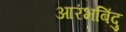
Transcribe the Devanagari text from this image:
आरंभबिंदु